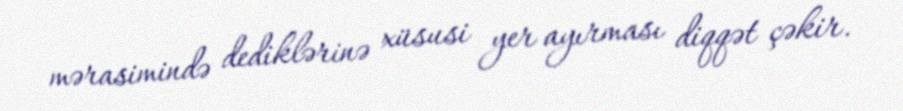
mərasimində dediklərinə xüsusi yer ayırması diqqət çəkir.